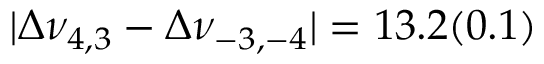
| \Delta \nu _ { 4 , 3 } - \Delta \nu _ { - 3 , - 4 } | = 1 3 . 2 ( 0 . 1 )